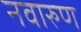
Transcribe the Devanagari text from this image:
नवारुण